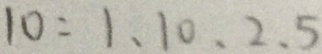
1 0 : 1 、 1 0 、 2 、 5